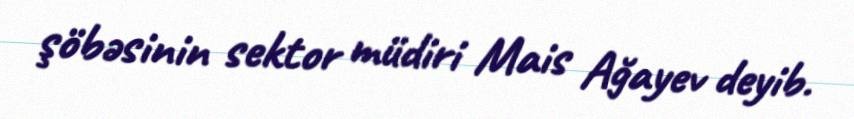
şöbəsinin sektor müdiri Mais Ağayev deyib.